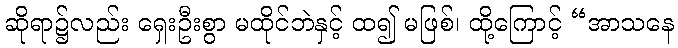
ဆိုရာ၌လည်း ရှေးဦးစွာ မထိုင်ဘဲနှင့် ထ၍ မဖြစ်၊ ထို့ကြောင့် “အာသနေ